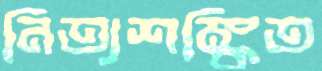
নিত্যশঙ্কিত